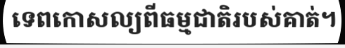
ទេពកោសល្យពីធម្មជាតិរបស់គាត់។